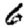
Digit: 6